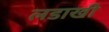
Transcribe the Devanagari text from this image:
लडाखी